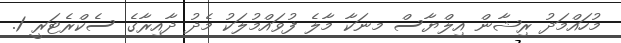
މުހައްމަދު ރިޝާން އިލްޔާސް މނަކާ މާލެ ފުވައްމުލަކު މެދު ދާއިރާގެ ސެކްރެޓަރީ 1.